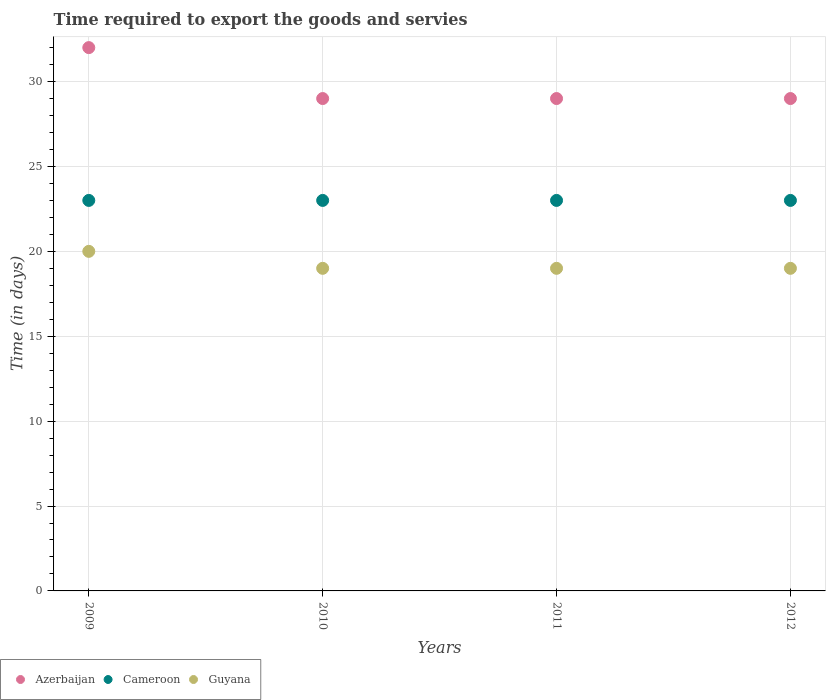
| Years | Azerbaijan | Cameroon | Guyana |
 | --- | --- | --- | --- |
 | 2009 | 32 | 23 | 20 |
 | 2010 | 29 | 23 | 19 |
 | 2011 | 29 | 23 | 19 |
 | 2012 | 29 | 23 | 19 |